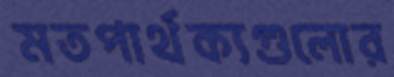
মতপার্থক্যগুলোর